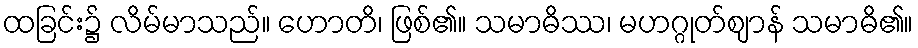
ထခြင်း၌ လိမ်မာသည်။ ဟောတိ၊ ဖြစ်၏။ သမာဓိဿ၊ မဟဂ္ဂုတ်ဈာန် သမာဓိ၏။